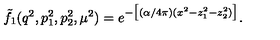
\tilde { f } _ { 1 } ( q ^ { 2 } , p _ { 1 } ^ { 2 } , p _ { 2 } ^ { 2 } , \mu ^ { 2 } ) = e ^ { - \big [ ( \alpha / 4 \pi ) ( x ^ { 2 } - z _ { 1 } ^ { 2 } - z _ { 2 } ^ { 2 } ) \big ] } .